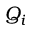
Q _ { i }